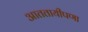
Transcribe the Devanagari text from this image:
आततायीपणा